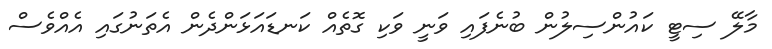
މާލޭ ސިޓީ ކައުންސިލުން ބުނެފައި ވަނީ ވަކި ގޮތެއް ކަނޑައަޅަންދެން އެތަނުގައި އެއްވެސް